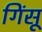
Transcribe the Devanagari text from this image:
गिंसू